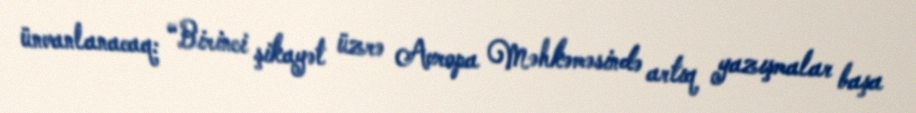
ünvanlanacaq: “Birinci şikayət üzrə Avropa Məhkəməsində artıq yazışmalar başa